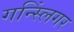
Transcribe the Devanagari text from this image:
गन्स्लिंगर